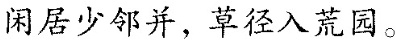
闲居少邻并，草径入荒园。